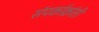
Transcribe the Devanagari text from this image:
संपर्काक्रांती